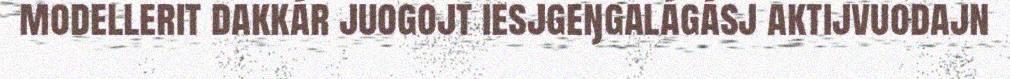
modellerit dakkár juogojt iesjgeŋgalágásj aktijvuodajn